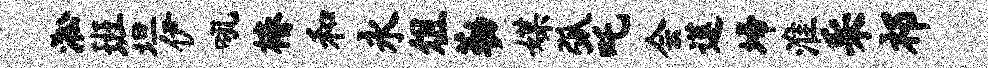
淞班坦伊吼椿和永俎勒媒弧吒会莲埽淮采祁